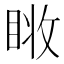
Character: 𰥧